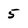
Character: 5